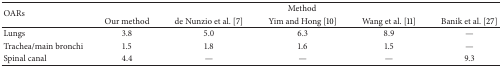
| <ROWSPAN=2> OARs | <COLSPAN=5> Method |
 | Our method | de Nunzio et al. [7] | Yim and Hong [10] | Wang et al. [11] | Banik et al. [27] |
 | --- | --- | --- | --- | --- | --- |
 | Lungs | 3.8 | 5.0 | 6.3 | 8.9 | — |
 | Trachea/main bronchi | 1.5 | 1.8 | 1.6 | 1.5 | — |
 | Spinal canal | 4.4 | — | — | — | 9.3 |